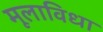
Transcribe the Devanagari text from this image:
मूलाविधा